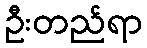
ဦးတည်ရာ